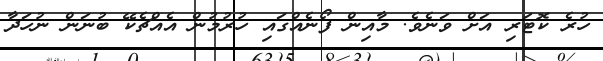
ހުރެ ކޮޓަރި އަށް ވަނެވެ. މާއިން ފޯނެއްގައި ހުރުމުން އެއްޗެކޭ ބުނަން ނުހަދާ